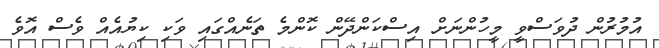
އުމުރުން ދުވަސްވީ މީހުންނަށް އިސްކަންދޭން ކޮންމެ ތަނެއްގައި ވަކި ކިޔުއެއް ވެސް އޮވެ